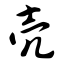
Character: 壳